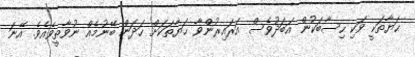
ޙަޔާތަކީ ވަކި ހިސާބަކުން އަބަދުވެސް އަރައިރުންވާ ޙަޔާތަކަށް ހަދަން ބޭނުމެއް ނުވާތީވެއެވެ. އޭނަ